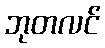
ဘုတလင်